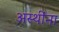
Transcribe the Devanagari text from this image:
अस्थींना